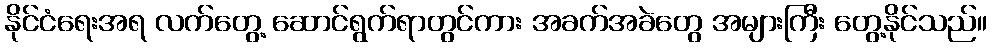
နိုင်ငံရေးအရ လက်တွေ့ ဆောင်ရွက်ရာတွင်ကား အခက်အခဲတွေ အများကြီး တွေ့နိုင်သည်။